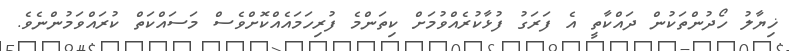
ޚިޔާލު ހޯދުންތަކުން ދައްކާތީ އެ ފަރަގު ފުޅާކުރެއްވުމަށް ކިތަންމެ ފުރިހަމައެއްކޮށްވެސް މަސައްކަތް ކުރައްވަމުންނެވެ.